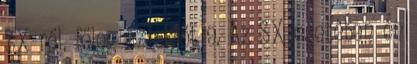
SX-ről. főleg az elsőt 9. Az SX esetében én